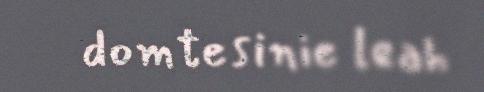
domtesinie leah